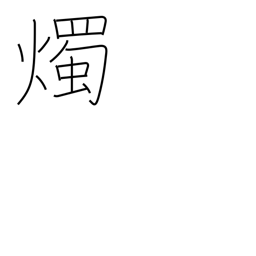
Meaning: candlepower